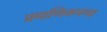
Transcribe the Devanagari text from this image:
प्रमाणिकपणा